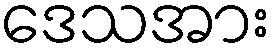
ဒေသအား